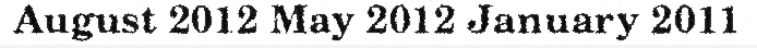
August 2012 May 2012 January 2011